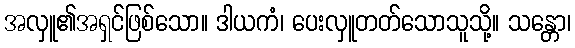
အလှူ၏အရှင်ဖြစ်သော။ ဒါယကံ၊ ပေးလှူတတ်သောသူသို့။ သန္တော၊